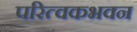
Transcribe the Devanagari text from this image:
परित्वकभवन